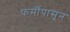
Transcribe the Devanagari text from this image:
फर्मीपासून